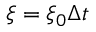
\xi = \xi _ { 0 } \Delta t